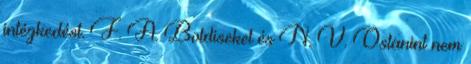
intézkedést. F. A. Boldiseket és N. V. Ostanint nem